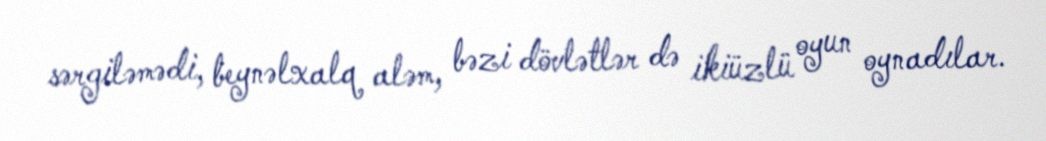
sərgiləmədi, beynəlxalq aləm, bəzi dövlətlər də ikiüzlü oyun oynadılar.